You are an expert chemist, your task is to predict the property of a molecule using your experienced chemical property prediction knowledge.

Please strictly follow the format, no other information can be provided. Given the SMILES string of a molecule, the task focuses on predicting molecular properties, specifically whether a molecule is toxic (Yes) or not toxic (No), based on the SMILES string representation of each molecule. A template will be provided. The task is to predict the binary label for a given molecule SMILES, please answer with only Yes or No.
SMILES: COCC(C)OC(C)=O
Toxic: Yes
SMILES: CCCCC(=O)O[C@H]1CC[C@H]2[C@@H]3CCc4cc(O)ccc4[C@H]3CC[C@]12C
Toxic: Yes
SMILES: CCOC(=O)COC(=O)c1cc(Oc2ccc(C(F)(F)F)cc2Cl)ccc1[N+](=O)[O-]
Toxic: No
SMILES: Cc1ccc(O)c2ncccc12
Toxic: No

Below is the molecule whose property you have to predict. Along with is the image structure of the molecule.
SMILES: Nc1cc(C(F)(F)F)ccc1S
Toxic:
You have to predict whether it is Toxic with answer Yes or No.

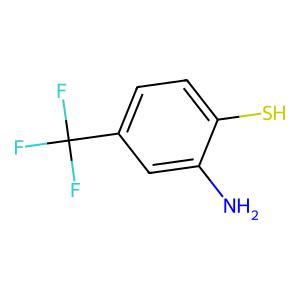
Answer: No